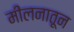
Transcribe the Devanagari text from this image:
मीलनातून